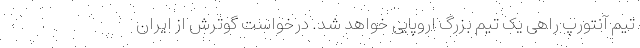
تیم آنتورپ راهی یک تیم بزرگ اروپایی خواهد شد. درخواست گوترش از ایران